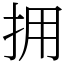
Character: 拥